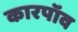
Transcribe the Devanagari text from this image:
कारपॉव